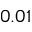
0 . 0 1